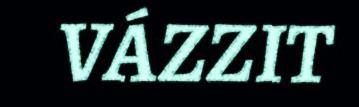
VÁZZIT